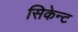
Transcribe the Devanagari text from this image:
सिकेन्ट